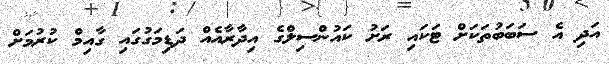
އަދި އެ ސަބަބުތަކަށް ޓަކައި ރަށު ކައުންސިލްގެ އިދާރާއެއް ދަޑިމަގުގައި ގާއިމް ކުރުމަށް